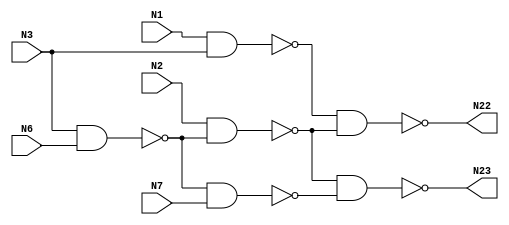
// Verilog
// c17
//  5
//  2
//  6
// 2- (NAND2) 6

module c17 (N1,N2,N3,N6,N7,N22,N23);

input N1,N2,N3,N6,N7;

output N22,N23;

wire N10,N11,N16,N19;

nand NAND2_1 (N10, N1, N3);
nand NAND2_2 (N11, N3, N6);
nand NAND2_3 (N16, N2, N11);
nand NAND2_4 (N19, N11, N7);
nand NAND2_5 (N22, N10, N16);
nand NAND2_6 (N23, N16, N19);

endmodule